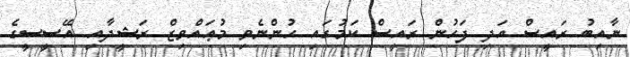
ނާއިބު ރައީސް އަދި ފަހުން ރައީސް ކަމުގައި ހުންނެވި މުޢައްވިޒް ރަޝީދާއި އޭސީސީގެ